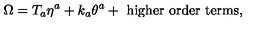
\Omega = T _ { a } \eta ^ { a } + k _ { a } \theta ^ { a } + \mathrm { \ h i g h e r \ o r d e r \ t e r m s } ,